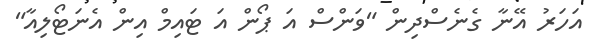
އަހަރު އޭނާ ގެނެސްދިން "ވަންސް އަ ޕޯން އަ ޓައިމް އިން އެނަޓޯލިއާ"